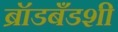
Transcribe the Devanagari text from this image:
ब्रॉडबँडशी